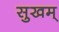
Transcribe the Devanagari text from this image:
सुखम्